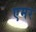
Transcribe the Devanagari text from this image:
एमर